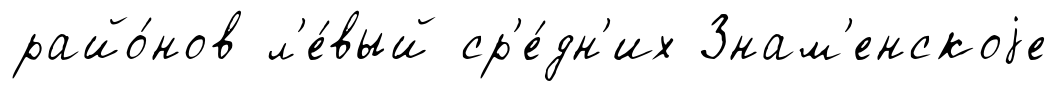
райо́нов л'е́вый ср'е́дн'их Знам'енскоjе